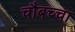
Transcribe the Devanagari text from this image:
चौबच्चा